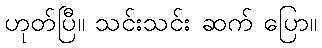
ဟုတ်ပြီ။ သင်းသင်း ဆက် ပြော။